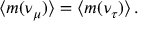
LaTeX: { \langle } m ( \nu _ { \mu } ) { \rangle } = { \langle } m ( \nu _ { \tau } ) { \rangle } \, .